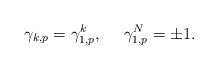
\begin{align*}\gamma_{k,p}=\gamma_{1,p}^k, ~~~~\gamma_{1,p}^N = \pm 1.\end{align*}